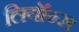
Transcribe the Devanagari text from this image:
लियॉन्स